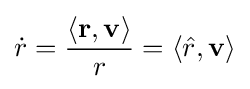
{\dot {r}}={\frac {\langle \mathbf {r} ,\mathbf {v} \rangle }{r}}=\langle {\hat {r}},\mathbf {v} \rangle